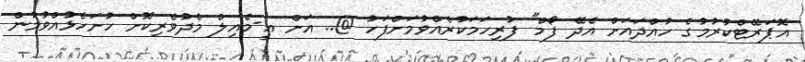
އޮޕަރޭޓްކުރުމުގެ ހުއްދައަށް އެދޭ ފޯމް" ފުރިހަމަކުރެއްވުމަށްފަހު @.. އަށް އީ-މެއިލް މެދުވެރިކޮށް ހުށަހެޅުއްވުމުން